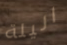
اليلة